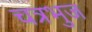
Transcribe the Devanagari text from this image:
चत्रभुज